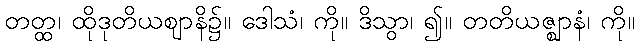
တတ္ထ၊ ထိုဒုတိယဈာနိ၌။ ဒေါသံ၊ ကို။ ဒိသွာ၊ ၍။ တတိယဇ္ဈာနံ၊ ကို။